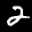
Label: 2